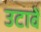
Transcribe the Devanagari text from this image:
उटावें